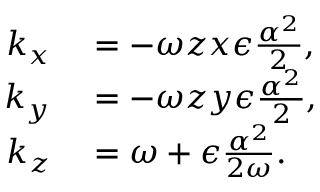
\begin{array} { r l } { k _ { x } } & { { } = - \omega z x \epsilon \frac { \alpha ^ { 2 } } { 2 } , } \\ { k _ { y } } & { { } = - \omega z y \epsilon \frac { \alpha ^ { 2 } } { 2 } , } \\ { k _ { z } } & { { } = \omega + \epsilon \frac { \alpha ^ { 2 } } { 2 \omega } . } \end{array}